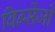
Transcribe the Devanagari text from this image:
विन्सेंजो